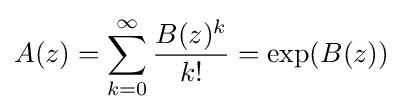
A(z)=\sum _{k=0}^{\infty }{\frac {B(z)^{k}}{k!}}=\exp(B(z))